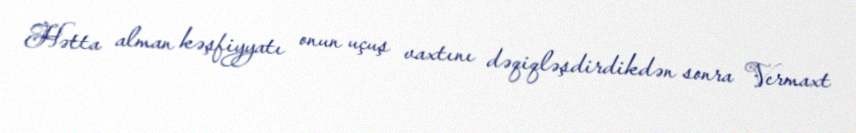
Hətta alman kəşfiyyatı onun uçuş vaxtını dəqiqləşdirdikdən sonra Vermaxt